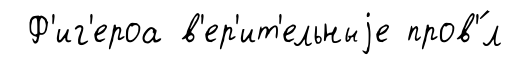
Ф'иг'ероа в'ер'ит'ельныjе пров'́л